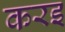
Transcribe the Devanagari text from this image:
करइ